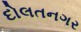
દોલતનગર